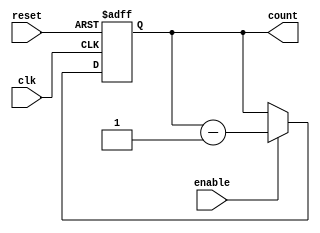
module Binary_Down_Counter (
  input wire clk,      // Clock signal
  input wire reset,    // Reset signal
  input wire enable,   // Enable signal
  output reg [n-1:0] count // Output count signal
);

  // Parameters
  parameter n = 8; // Set bit width for counter

  // Internal signal declaration
  reg [n-1:0] next_count;

  // Always block for synchronous operation
  always @(posedge clk or posedge reset) begin
    if (reset) begin
      count <= 0; // Reset count to 0
    end else begin
      if (enable) begin
        count <= next_count; // Update count with next value
      end
    end
  end

  // Combinational logic for counting down
  always @(*) begin
    if (enable) begin
      next_count = count - 1; // Decrement count by 1
    end else begin
      next_count = count; // Hold current count
    end
  end

endmodule